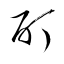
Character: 酊